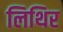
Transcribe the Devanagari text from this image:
लिथिर